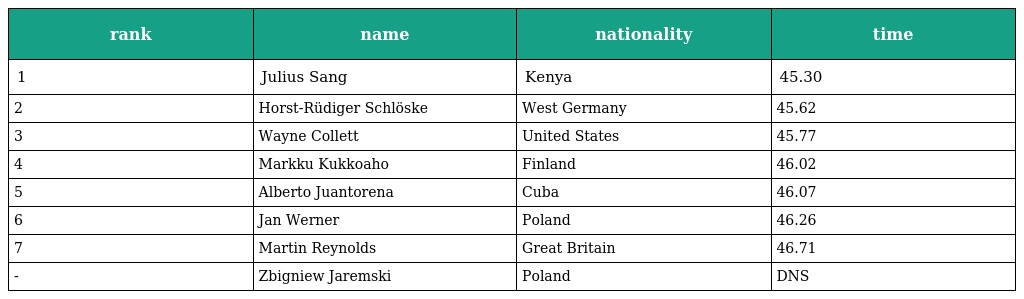
| rank | name | nationality | time |
 | --- | --- | --- | --- |
 | 1 | Julius Sang | Kenya | 45.30 |
 | 2 | Horst-Rüdiger Schlöske | West Germany | 45.62 |
 | 3 | Wayne Collett | United States | 45.77 |
 | 4 | Markku Kukkoaho | Finland | 46.02 |
 | 5 | Alberto Juantorena | Cuba | 46.07 |
 | 6 | Jan Werner | Poland | 46.26 |
 | 7 | Martin Reynolds | Great Britain | 46.71 |
 | - | Zbigniew Jaremski | Poland | DNS |